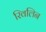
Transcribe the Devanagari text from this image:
रिवलिन